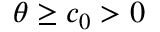
\theta \geq c _ { 0 } > 0